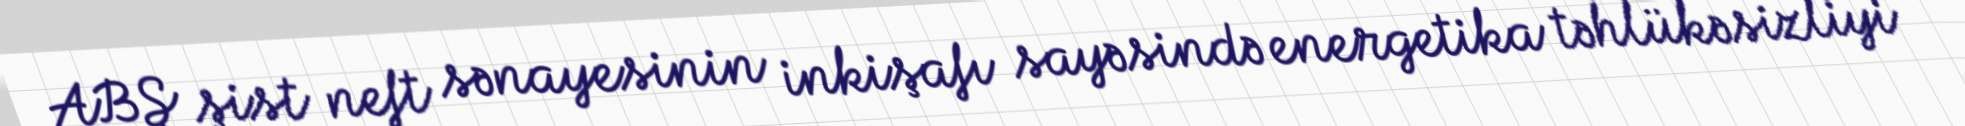
ABŞ şist neft sənayesinin inkişafı sayəsində energetika təhlükəsizliyi